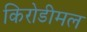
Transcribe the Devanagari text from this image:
किरोडीमल